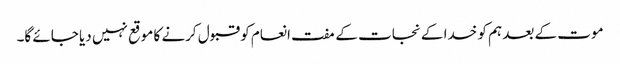
موت کے بعد ہم کو خدا کے نجات کے مفت انعام کو قبول کرنے کا موقع نہیں دیا جائے گا۔